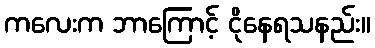
ကလေးက ဘာကြောင့် ငိုနေရသနည်း။